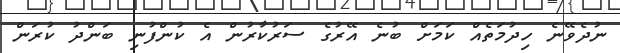
ނުދެވޭނެ ހިދުމަތެއް ކަމަށް ބުނެ އޭރުގެ ސަރުކާރުން އެ ކުންފުނި ބަންދު ކުރަން